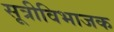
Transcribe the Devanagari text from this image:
सूत्रीविभाजक